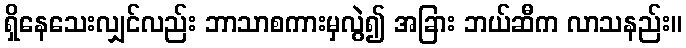
ရှိနေသေးလျှင်လည်း ဘာသာစကားမှလွဲ၍ အခြား ဘယ်ဆီက လာသနည်း။